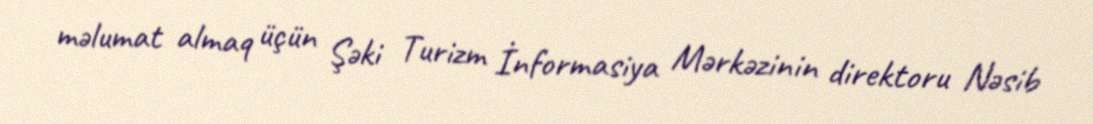
məlumat almaq üçün Şəki Turizm İnformasiya Mərkəzinin direktoru Nəsib